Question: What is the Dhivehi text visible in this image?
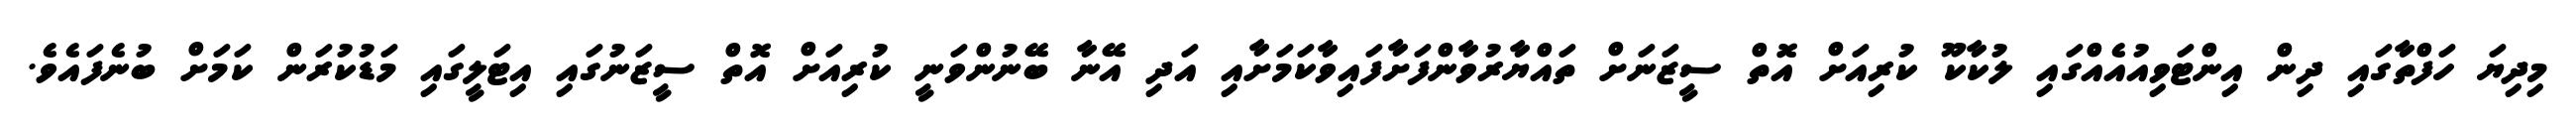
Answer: މިދިޔަ ހަފްތާގައި ދިން އިންޓަވިއުއެއްގައި ލުކާކޫ ކުރިއަށް އޮތް ސީޒަނަށް ތައްޔާރުވާންފަށާފައިވާކަމަށާއި އަދި އޭނާ ބޭނުންވަނީ ކުރިއަށް އޮތް ސީޒަނުގައި އިޓަލީގައި މަޑުކުރަން ކަމަށް ބުނެފައެވެ.